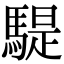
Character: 騠